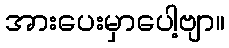
အားပေးမှာပေါ့ဗျာ။